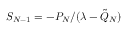
S _ { N - 1 } = - P _ { N } / ( \lambda - \Tilde { Q } _ { N } )